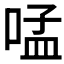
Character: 𠵼